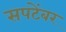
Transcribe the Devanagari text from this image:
सपटेंबर